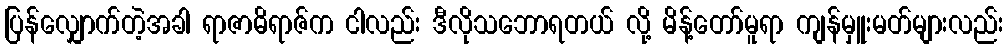
ပြန်လျှောက်တဲ့အခါ ရာဇာဓိရာဇ်က ငါလည်း ဒီလိုသဘောရတယ် လို့ မိန့်တော်မူရာ ကျန်မှူးမတ်များလည်း